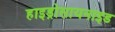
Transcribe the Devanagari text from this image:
हाइड्रोसायनाइड